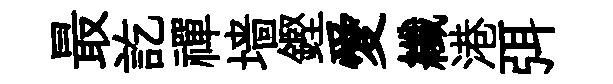
最訖禪墙鏗愛纖港弭